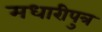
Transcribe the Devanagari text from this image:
मधारीपुत्र